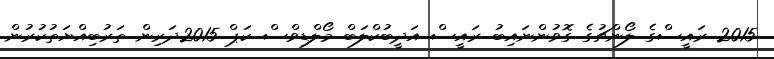
2015 ރައީސްގެ ލޯންޗުގެ ގޮވުންނައިބު ރައީސް އަދީބުކްލަބް މޯލްޑިވްސް ކަޕް 2015ދަރިން ތަރުބިއްޔަތުކުރުން